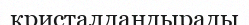
кристалдандырады